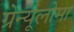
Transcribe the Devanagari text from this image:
ग्रेन्यूलोमा